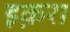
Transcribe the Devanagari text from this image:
इक़रा